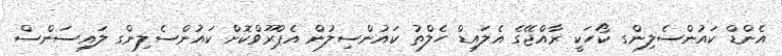
އެންޑް ކައުންސެލިންގ ކޯހަކީ ރާއްޖޭގެ އެލައިޑް ހެލްތު ކައުންސިލުން އެޕްރޫވްކޮށް ކައުންސެލިންގ ލައިސަންސް